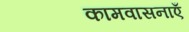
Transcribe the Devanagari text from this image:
कामवासनाएँ